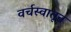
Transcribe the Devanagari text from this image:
वर्चस्वातून